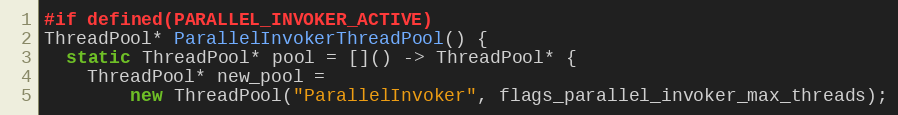
Language: C++
#if defined(PARALLEL_INVOKER_ACTIVE)
ThreadPool* ParallelInvokerThreadPool() {
  static ThreadPool* pool = []() -> ThreadPool* {
    ThreadPool* new_pool =
        new ThreadPool("ParallelInvoker", flags_parallel_invoker_max_threads);